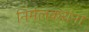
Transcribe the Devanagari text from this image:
निर्मलकरांना